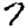
Digit: 7